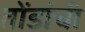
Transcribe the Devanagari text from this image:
तोंडांची